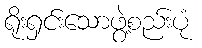
ရိုးရှင်းသောဖွဲ့စည်းပုံ